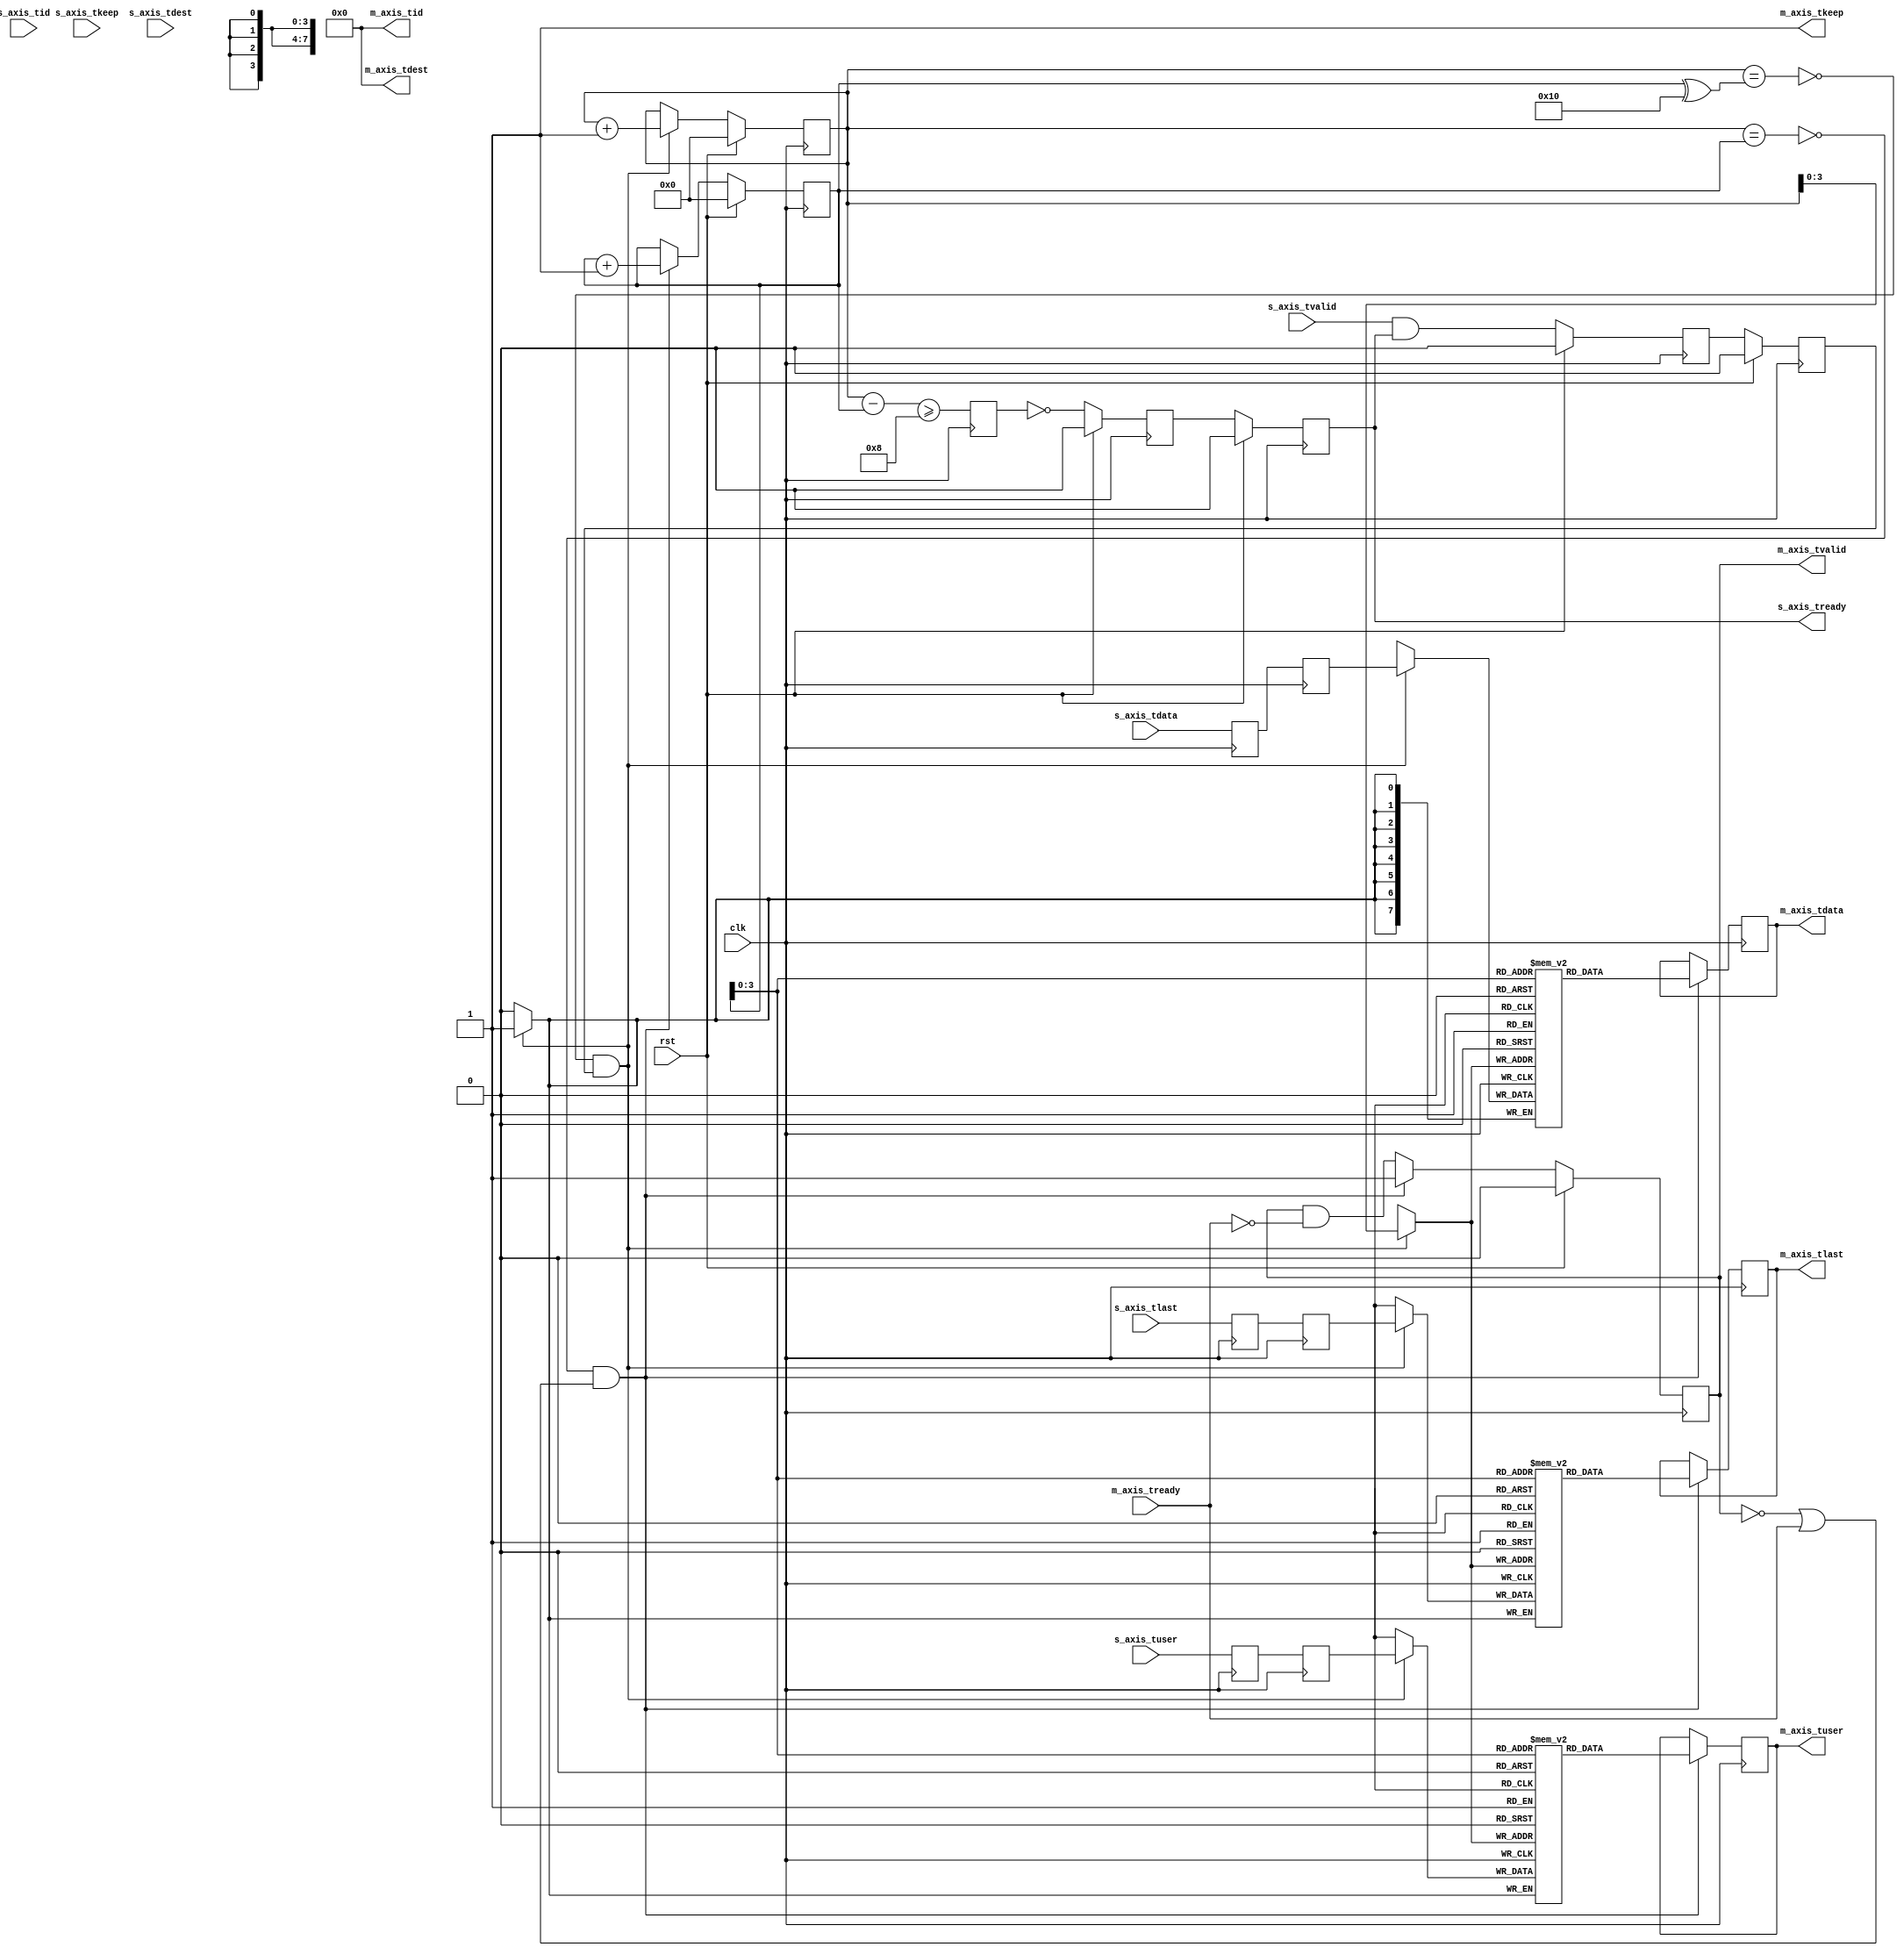
/*

Copyright (c) 2021 Alex Forencich

Permission is hereby granted, free of charge, to any person obtaining a copy
of this software and associated documentation files (the "Software"), to deal
in the Software without restriction, including without limitation the rights
to use, copy, modify, merge, publish, distribute, sublicense, and/or sell
copies of the Software, and to permit persons to whom the Software is
furnished to do so, subject to the following conditions:

The above copyright notice and this permission notice shall be included in
all copies or substantial portions of the Software.

THE SOFTWARE IS PROVIDED "AS IS", WITHOUT WARRANTY OF ANY KIND, EXPRESS OR
IMPLIED, INCLUDING BUT NOT LIMITED TO THE WARRANTIES OF MERCHANTABILITY
FITNESS FOR A PARTICULAR PURPOSE AND NONINFRINGEMENT. IN NO EVENT SHALL THE
AUTHORS OR COPYRIGHT HOLDERS BE LIABLE FOR ANY CLAIM, DAMAGES OR OTHER
LIABILITY, WHETHER IN AN ACTION OF CONTRACT, TORT OR OTHERWISE, ARISING FROM,
OUT OF OR IN CONNECTION WITH THE SOFTWARE OR THE USE OR OTHER DEALINGS IN
THE SOFTWARE.

*/

// Language: Verilog 2001

`resetall
`timescale 1ns / 1ps
`default_nettype none

/*
 * AXI4-Stream pipeline FIFO
 */
module axis_pipeline_fifo #
(
    // Width of AXI stream interfaces in bits
    parameter DATA_WIDTH = 8,
    // Propagate tkeep signal
    parameter KEEP_ENABLE = (DATA_WIDTH>8),
    // tkeep signal width (words per cycle)
    parameter KEEP_WIDTH = ((DATA_WIDTH+7)/8),
    // Propagate tlast signal
    parameter LAST_ENABLE = 1,
    // Propagate tid signal
    parameter ID_ENABLE = 0,
    // tid signal width
    parameter ID_WIDTH = 8,
    // Propagate tdest signal
    parameter DEST_ENABLE = 0,
    // tdest signal width
    parameter DEST_WIDTH = 8,
    // Propagate tuser signal
    parameter USER_ENABLE = 1,
    // tuser signal width
    parameter USER_WIDTH = 1,
    // Number of registers in pipeline
    parameter LENGTH = 2
)
(
    input  wire                   clk,
    input  wire                   rst,

    /*
     * AXI input
     */
    input  wire [DATA_WIDTH-1:0]  s_axis_tdata,
    input  wire [KEEP_WIDTH-1:0]  s_axis_tkeep,
    input  wire                   s_axis_tvalid,
    output wire                   s_axis_tready,
    input  wire                   s_axis_tlast,
    input  wire [ID_WIDTH-1:0]    s_axis_tid,
    input  wire [DEST_WIDTH-1:0]  s_axis_tdest,
    input  wire [USER_WIDTH-1:0]  s_axis_tuser,

    /*
     * AXI output
     */
    output wire [DATA_WIDTH-1:0]  m_axis_tdata,
    output wire [KEEP_WIDTH-1:0]  m_axis_tkeep,
    output wire                   m_axis_tvalid,
    input  wire                   m_axis_tready,
    output wire                   m_axis_tlast,
    output wire [ID_WIDTH-1:0]    m_axis_tid,
    output wire [DEST_WIDTH-1:0]  m_axis_tdest,
    output wire [USER_WIDTH-1:0]  m_axis_tuser
);

parameter FIFO_ADDR_WIDTH = LENGTH < 2 ? 3 : $clog2(LENGTH*4+1);

generate

if (LENGTH > 0) begin

    // pipeline
    (* shreg_extract = "no" *)
    reg [DATA_WIDTH-1:0]  axis_tdata_reg[0:LENGTH-1];
    (* shreg_extract = "no" *)
    reg [KEEP_WIDTH-1:0]  axis_tkeep_reg[0:LENGTH-1];
    (* shreg_extract = "no" *)
    reg                   axis_tvalid_reg[0:LENGTH-1];
    (* shreg_extract = "no" *)
    reg                   axis_tready_reg[0:LENGTH-1];
    (* shreg_extract = "no" *)
    reg                   axis_tlast_reg[0:LENGTH-1];
    (* shreg_extract = "no" *)
    reg [ID_WIDTH-1:0]    axis_tid_reg[0:LENGTH-1];
    (* shreg_extract = "no" *)
    reg [DEST_WIDTH-1:0]  axis_tdest_reg[0:LENGTH-1];
    (* shreg_extract = "no" *)
    reg [USER_WIDTH-1:0]  axis_tuser_reg[0:LENGTH-1];

    wire [DATA_WIDTH-1:0] m_axis_tdata_int = axis_tdata_reg[LENGTH-1];
    wire [KEEP_WIDTH-1:0] m_axis_tkeep_int = axis_tkeep_reg[LENGTH-1];
    wire                  m_axis_tvalid_int = axis_tvalid_reg[LENGTH-1];
    wire                  m_axis_tready_int;
    wire                  m_axis_tlast_int = axis_tlast_reg[LENGTH-1];
    wire [ID_WIDTH-1:0]   m_axis_tid_int = axis_tid_reg[LENGTH-1];
    wire [DEST_WIDTH-1:0] m_axis_tdest_int = axis_tdest_reg[LENGTH-1];
    wire [USER_WIDTH-1:0] m_axis_tuser_int = axis_tuser_reg[LENGTH-1];

    assign s_axis_tready = axis_tready_reg[0];

    integer i;

    initial begin
        for (i = 0; i < LENGTH; i = i + 1) begin
            axis_tdata_reg[i] = {DATA_WIDTH{1'b0}};
            axis_tkeep_reg[i] = {KEEP_WIDTH{1'b0}};
            axis_tvalid_reg[i] = 1'b0;
            axis_tready_reg[i] = 1'b0;
            axis_tlast_reg[i] = 1'b0;
            axis_tid_reg[i] = {ID_WIDTH{1'b0}};
            axis_tdest_reg[i] = {DEST_WIDTH{1'b0}};
            axis_tuser_reg[i] = {USER_WIDTH{1'b0}};
        end
    end

    always @(posedge clk) begin
        axis_tdata_reg[0] <= s_axis_tdata;
        axis_tkeep_reg[0] <= s_axis_tkeep;
        axis_tvalid_reg[0] <= s_axis_tvalid && s_axis_tready;
        axis_tlast_reg[0] <= s_axis_tlast;
        axis_tid_reg[0] <= s_axis_tid;
        axis_tdest_reg[0] <= s_axis_tdest;
        axis_tuser_reg[0] <= s_axis_tuser;

        axis_tready_reg[LENGTH-1] <= m_axis_tready_int;

        for (i = 0; i < LENGTH-1; i = i + 1) begin
            axis_tdata_reg[i+1] <= axis_tdata_reg[i];
            axis_tkeep_reg[i+1] <= axis_tkeep_reg[i];
            axis_tvalid_reg[i+1] <= axis_tvalid_reg[i];
            axis_tlast_reg[i+1] <= axis_tlast_reg[i];
            axis_tid_reg[i+1] <= axis_tid_reg[i];
            axis_tdest_reg[i+1] <= axis_tdest_reg[i];
            axis_tuser_reg[i+1] <= axis_tuser_reg[i];

            axis_tready_reg[i] <= axis_tready_reg[i+1];
        end

        if (rst) begin
            for (i = 0; i < LENGTH; i = i + 1) begin
                axis_tvalid_reg[i] <= 1'b0;
                axis_tready_reg[i] <= 1'b0;
            end
        end
    end

    // output datapath logic
    reg [DATA_WIDTH-1:0] m_axis_tdata_reg  = {DATA_WIDTH{1'b0}};
    reg [KEEP_WIDTH-1:0] m_axis_tkeep_reg  = {KEEP_WIDTH{1'b0}};
    reg                  m_axis_tvalid_reg = 1'b0;
    reg                  m_axis_tlast_reg  = 1'b0;
    reg [ID_WIDTH-1:0]   m_axis_tid_reg    = {ID_WIDTH{1'b0}};
    reg [DEST_WIDTH-1:0] m_axis_tdest_reg  = {DEST_WIDTH{1'b0}};
    reg [USER_WIDTH-1:0] m_axis_tuser_reg  = {USER_WIDTH{1'b0}};

    reg [FIFO_ADDR_WIDTH+1-1:0] out_fifo_wr_ptr_reg = 0;
    reg [FIFO_ADDR_WIDTH+1-1:0] out_fifo_rd_ptr_reg = 0;
    reg out_fifo_half_full_reg = 1'b0;

    wire out_fifo_full = out_fifo_wr_ptr_reg == (out_fifo_rd_ptr_reg ^ {1'b1, {FIFO_ADDR_WIDTH{1'b0}}});
    wire out_fifo_empty = out_fifo_wr_ptr_reg == out_fifo_rd_ptr_reg;

    (* ram_style = "distributed", ramstyle = "no_rw_check, mlab" *)
    reg [DATA_WIDTH-1:0] out_fifo_tdata[2**FIFO_ADDR_WIDTH-1:0];
    (* ram_style = "distributed", ramstyle = "no_rw_check, mlab" *)
    reg [KEEP_WIDTH-1:0] out_fifo_tkeep[2**FIFO_ADDR_WIDTH-1:0];
    (* ram_style = "distributed", ramstyle = "no_rw_check, mlab" *)
    reg                  out_fifo_tlast[2**FIFO_ADDR_WIDTH-1:0];
    (* ram_style = "distributed", ramstyle = "no_rw_check, mlab" *)
    reg [ID_WIDTH-1:0]   out_fifo_tid[2**FIFO_ADDR_WIDTH-1:0];
    (* ram_style = "distributed", ramstyle = "no_rw_check, mlab" *)
    reg [DEST_WIDTH-1:0] out_fifo_tdest[2**FIFO_ADDR_WIDTH-1:0];
    (* ram_style = "distributed", ramstyle = "no_rw_check, mlab" *)
    reg [USER_WIDTH-1:0] out_fifo_tuser[2**FIFO_ADDR_WIDTH-1:0];

    assign m_axis_tready_int = !out_fifo_half_full_reg;

    assign m_axis_tdata  = m_axis_tdata_reg;
    assign m_axis_tkeep  = KEEP_ENABLE ? m_axis_tkeep_reg : {KEEP_WIDTH{1'b1}};
    assign m_axis_tvalid = m_axis_tvalid_reg;
    assign m_axis_tlast  = LAST_ENABLE ? m_axis_tlast_reg : 1'b1;
    assign m_axis_tid    = ID_ENABLE   ? m_axis_tid_reg   : {ID_WIDTH{1'b0}};
    assign m_axis_tdest  = DEST_ENABLE ? m_axis_tdest_reg : {DEST_WIDTH{1'b0}};
    assign m_axis_tuser  = USER_ENABLE ? m_axis_tuser_reg : {USER_WIDTH{1'b0}};

    always @(posedge clk) begin
        m_axis_tvalid_reg <= m_axis_tvalid_reg && !m_axis_tready;

        out_fifo_half_full_reg <= $unsigned(out_fifo_wr_ptr_reg - out_fifo_rd_ptr_reg) >= 2**(FIFO_ADDR_WIDTH-1);

        if (!out_fifo_full && m_axis_tvalid_int) begin
            out_fifo_tdata[out_fifo_wr_ptr_reg[FIFO_ADDR_WIDTH-1:0]] <= m_axis_tdata_int;
            out_fifo_tkeep[out_fifo_wr_ptr_reg[FIFO_ADDR_WIDTH-1:0]] <= m_axis_tkeep_int;
            out_fifo_tlast[out_fifo_wr_ptr_reg[FIFO_ADDR_WIDTH-1:0]] <= m_axis_tlast_int;
            out_fifo_tid[out_fifo_wr_ptr_reg[FIFO_ADDR_WIDTH-1:0]] <= m_axis_tid_int;
            out_fifo_tdest[out_fifo_wr_ptr_reg[FIFO_ADDR_WIDTH-1:0]] <= m_axis_tdest_int;
            out_fifo_tuser[out_fifo_wr_ptr_reg[FIFO_ADDR_WIDTH-1:0]] <= m_axis_tuser_int;
            out_fifo_wr_ptr_reg <= out_fifo_wr_ptr_reg + 1;
        end

        if (!out_fifo_empty && (!m_axis_tvalid_reg || m_axis_tready)) begin
            m_axis_tdata_reg <= out_fifo_tdata[out_fifo_rd_ptr_reg[FIFO_ADDR_WIDTH-1:0]];
            m_axis_tkeep_reg <= out_fifo_tkeep[out_fifo_rd_ptr_reg[FIFO_ADDR_WIDTH-1:0]];
            m_axis_tvalid_reg <= 1'b1;
            m_axis_tlast_reg <= out_fifo_tlast[out_fifo_rd_ptr_reg[FIFO_ADDR_WIDTH-1:0]];
            m_axis_tid_reg <= out_fifo_tid[out_fifo_rd_ptr_reg[FIFO_ADDR_WIDTH-1:0]];
            m_axis_tdest_reg <= out_fifo_tdest[out_fifo_rd_ptr_reg[FIFO_ADDR_WIDTH-1:0]];
            m_axis_tuser_reg <= out_fifo_tuser[out_fifo_rd_ptr_reg[FIFO_ADDR_WIDTH-1:0]];
            out_fifo_rd_ptr_reg <= out_fifo_rd_ptr_reg + 1;
        end

        if (rst) begin
            out_fifo_wr_ptr_reg <= 0;
            out_fifo_rd_ptr_reg <= 0;
            m_axis_tvalid_reg <= 1'b0;
        end
    end

end else begin
    // bypass

    assign m_axis_tdata  = s_axis_tdata;
    assign m_axis_tkeep  = KEEP_ENABLE ? s_axis_tkeep : {KEEP_WIDTH{1'b1}};
    assign m_axis_tvalid = s_axis_tvalid;
    assign m_axis_tlast  = LAST_ENABLE ? s_axis_tlast : 1'b1;
    assign m_axis_tid    = ID_ENABLE   ? s_axis_tid   : {ID_WIDTH{1'b0}};
    assign m_axis_tdest  = DEST_ENABLE ? s_axis_tdest : {DEST_WIDTH{1'b0}};
    assign m_axis_tuser  = USER_ENABLE ? s_axis_tuser : {USER_WIDTH{1'b0}};

    assign s_axis_tready = m_axis_tready;

end

endgenerate

endmodule

`resetall